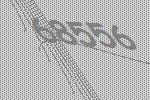
68556